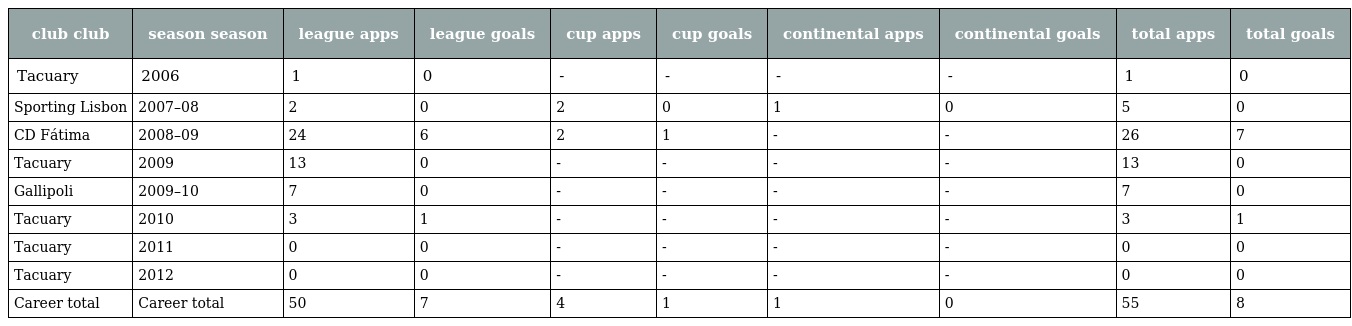
| club club | season season | league apps | league goals | cup apps | cup goals | continental apps | continental goals | total apps | total goals |
 | --- | --- | --- | --- | --- | --- | --- | --- | --- | --- |
 | Tacuary | 2006 | 1 | 0 | - | - | - | - | 1 | 0 |
 | Sporting Lisbon | 2007–08 | 2 | 0 | 2 | 0 | 1 | 0 | 5 | 0 |
 | CD Fátima | 2008–09 | 24 | 6 | 2 | 1 | - | - | 26 | 7 |
 | Tacuary | 2009 | 13 | 0 | - | - | - | - | 13 | 0 |
 | Gallipoli | 2009–10 | 7 | 0 | - | - | - | - | 7 | 0 |
 | Tacuary | 2010 | 3 | 1 | - | - | - | - | 3 | 1 |
 | Tacuary | 2011 | 0 | 0 | - | - | - | - | 0 | 0 |
 | Tacuary | 2012 | 0 | 0 | - | - | - | - | 0 | 0 |
 | Career total | Career total | 50 | 7 | 4 | 1 | 1 | 0 | 55 | 8 |